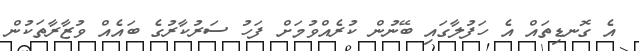
އެ ގޮނޑިތައް އެ ހަފުލާގައި ބޭނުން ކުރެއްވުމަށް ފަހު ސަރުކާރުގެ ބައެއް ވުޒާރާތަކުން